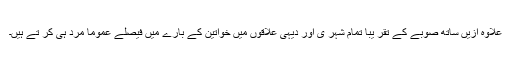
علاوہ ازیں ساتھ صوبے کے تقر یبا تمام شہر ی اور دیہی علاقوں میں خواتین کے بارے میں فیصلے عموماً مرد ہی کر تے ہیں۔